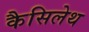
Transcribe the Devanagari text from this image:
कैसिलेथ